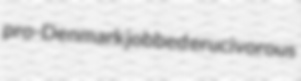
pro-Denmark jobbed erucivorous